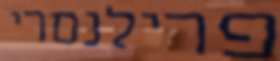
פרילנסרי